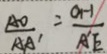
\frac { A O } { A A ^ { \prime } } = \frac { O H } { A ^ { \prime } E }